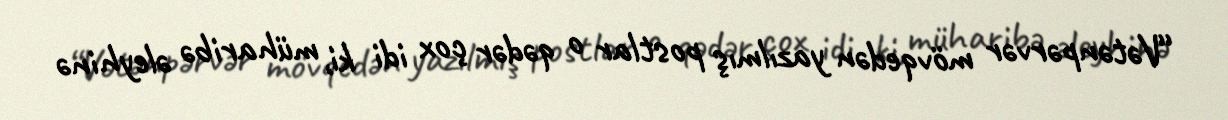
“Vətənpərvər mövqedən yazılmış postlar o qədər çox idi ki, müharibə əleyhinə